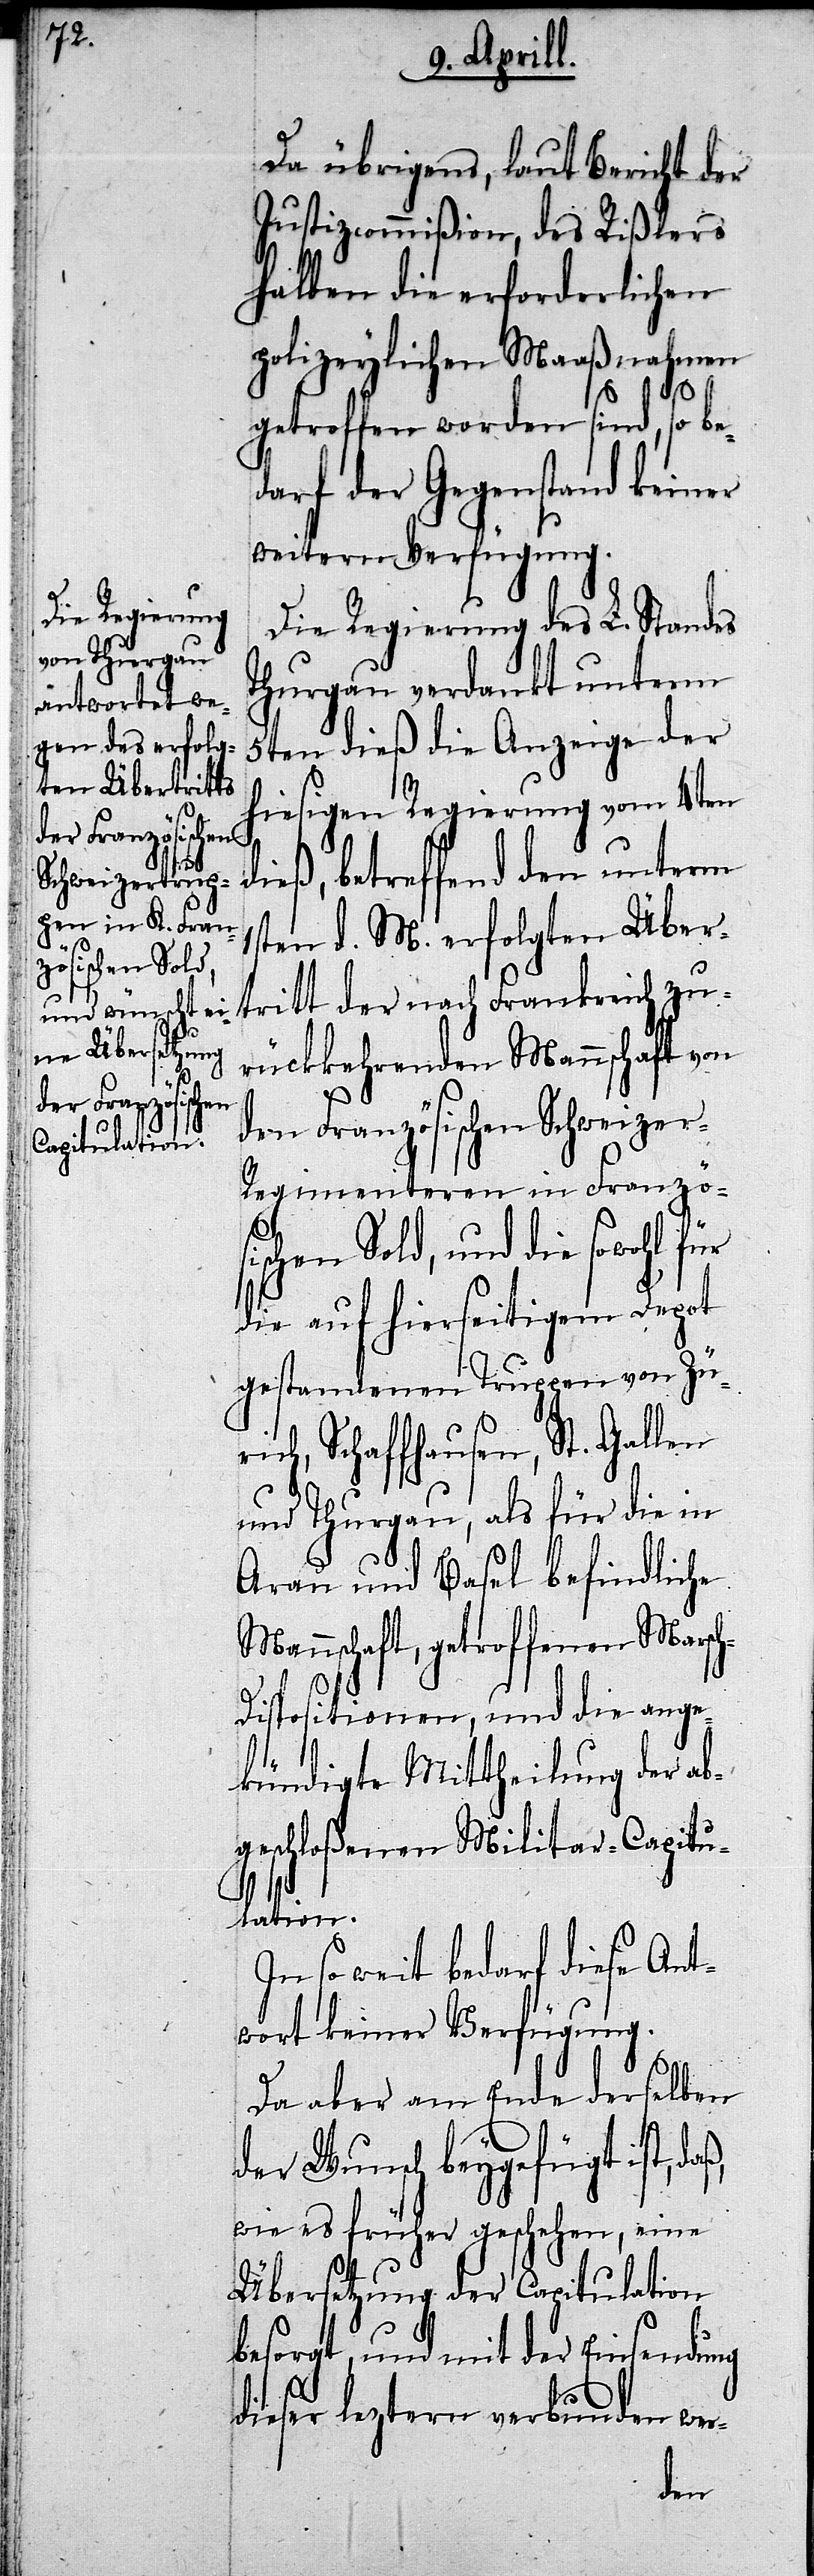
Da übrigens, laut Bericht der
Justizcommißion, des Rißlers
halben die erforderlichen
polizeylichen Maaßnahmen
getroffen worden sind, so be¬
darf der Gegenstand keiner
weitern Verfügung.
Die Regierung des L. Standes
Thurgau verdankt unterm
5ten dieß die Anzeige der
hiesigen Regierung vom 4ten
dieß, betreffend den unterm
1sten d. M. erfolgten Über¬
rückkehrenden Mannschaft von
dem Französischen Schweizer-R¬
egimenteren in Franzö¬
zu¬
sischen Sold, und die sowohl für
die auf hierseitigem Depot
gestandenen Truppen von Zü¬
rich, Schaffhausen, St. Gallen
und Thurgau, als für die in
Arau und Basel befindliche
Mannschaft, getroffenen Marsc¬
h-Dispositionen, und die ange¬
kündigte Mittheilung der ab¬
geschloßenen Militar-Capitu¬
lation.
In so weit bedarf diese Ant¬
wort keiner Verfügung.
Da aber am Ende derselben
der Wunsch beygefügt ist, daß,
wie es früher geschehen, eine
Übersetzung der Capitulation
besorgt, und mit der Einsendung
dieser leztern verbunden wer-
der